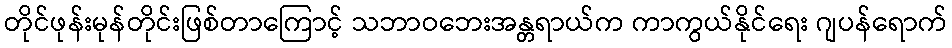
တိုင်ဖုန်းမုန်တိုင်းဖြစ်တာကြောင့် သဘာဝဘေးအန္တရာယ်က ကာကွယ်နိုင်ရေး ဂျပန်ရောက်